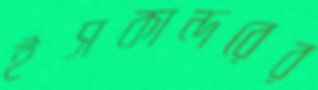
ইসকান্দরের